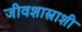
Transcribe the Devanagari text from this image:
जीवशास्त्राशी